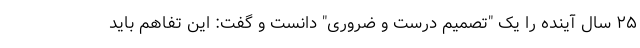
۲۵ سال آینده را یک "تصمیم درست و ضروری" دانست و گفت: این تفاهم باید